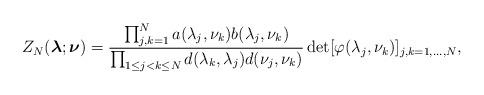
LaTeX: \begin{align*}Z_N(\boldsymbol{\lambda};\boldsymbol{\nu})=\frac{\prod_{j,k=1}^{N}a(\lambda_j,\nu_k)b(\lambda_j,\nu_k)}{\prod_{1\leq j<k \leq N} d(\lambda_k,\lambda_j)d(\nu_j,\nu_k)}\det[\varphi(\lambda_j,\nu_k)]_{j,k=1,\dots,N},\end{align*}